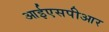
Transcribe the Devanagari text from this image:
आईएसपीआर